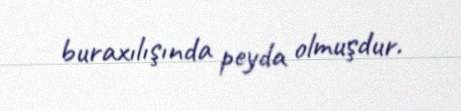
buraxılışında peyda olmuşdur.